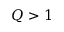
Q > 1